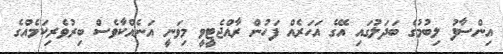
އިންސާފު ލިބުމުގެ ބަދަލުގައި އޭގެ އަހަރެއް ފަހުން ރާއްޖެޓީވީ މިވަނީ އަނެއްކާވެސް ބިރުވެރިކަމެއްގެ